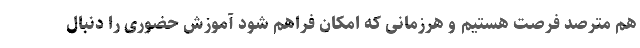
هم مترصد فرصت هستیم و هرزمانی که امکان فراهم شود آموزش حضوری را دنبال